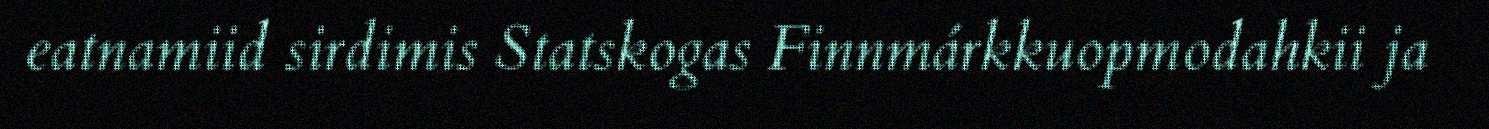
eatnamiid sirdimis Statskogas Finnmárkkuopmodahkii ja